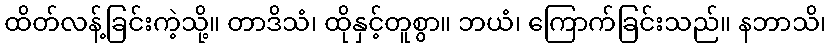
ထိတ်လန့်ခြင်းကဲ့သို့။ တာဒိသံ၊ ထိုနှင့်တူစွာ။ ဘယံ၊ ကြောက်ခြင်းသည်။ နဘာသိ၊